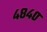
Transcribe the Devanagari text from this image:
४८४०